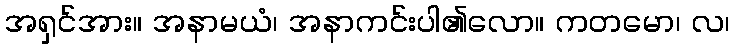
အရှင်အား။ အနာမယံ၊ အနာကင်းပါ၏လော။ ကတမော၊ လ၊